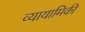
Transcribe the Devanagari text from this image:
व्यायामिकी